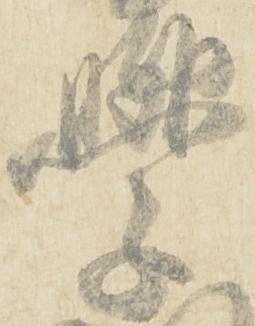
学